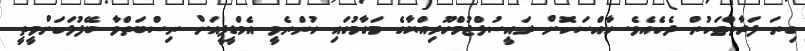
ގިނަ ފަރާތްތަކުން ދެކެއެވެ. ހާއްސަކޮށް ރައީސުލްޖުމްހޫރިއްޔާގެ މަގާމުގައި ހުންނެވީ އެމްޑީޕީއަށް ނިސްބަތްވާ ބޭފުޅަކަށްވީތީ